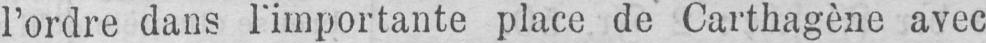
l’ordre dans l’importante place de Carthagène avec